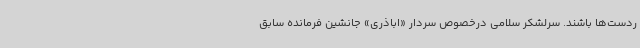
ردست‌ها باشند. سرلشکر سلامی درخصوص سردار «اباذری» جانشین فرمانده سابق